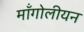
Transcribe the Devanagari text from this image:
मॉंगोलीयन